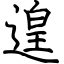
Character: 遑